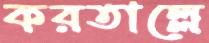
করতাল্লে